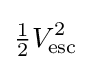
{\tfrac {1}{2}}V_{\text{esc}}^{2}